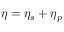
\eta = \eta _ { s } + \eta _ { p }